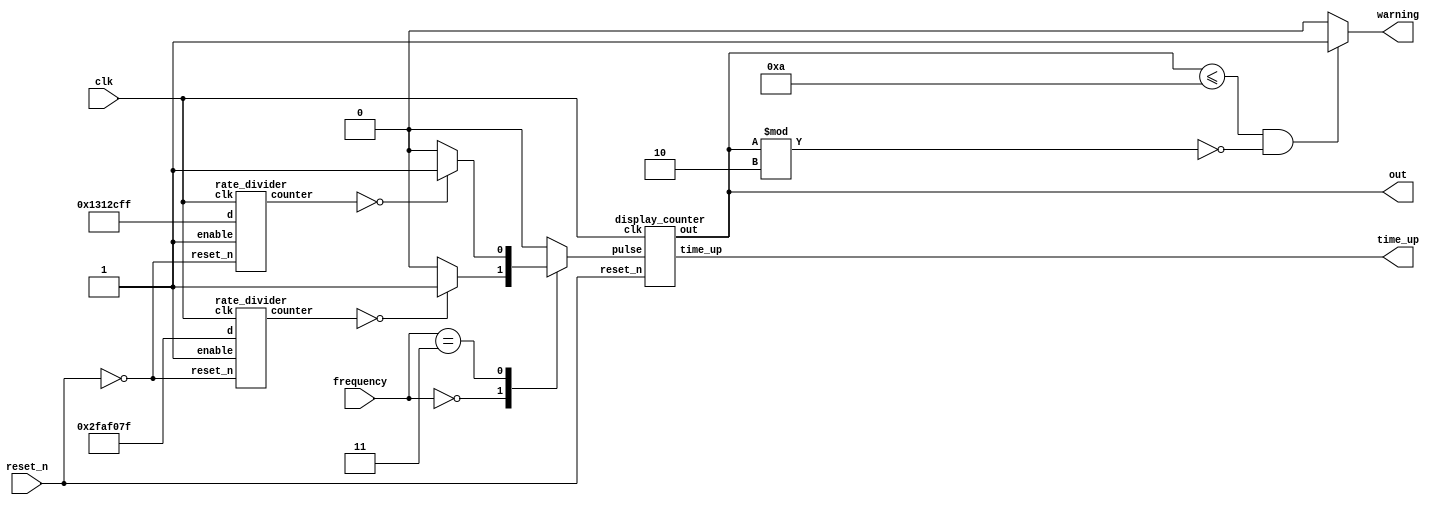

/**************************************************** 30-SECOND TIMER *******************************************/

// Combines the following modules to create a 30-timer that is displayed, resets under game conditions, and has multiple speeds.

module timer (
  input clk,
  input reset_n,
  input [1:0] frequency, 
  output time_up,
  output [4:0] out,
  output reg warning
  );
  
  reg pulse;
  wire [27:0] rd0_out, rd1_out;

  // Slower speed
  rate_divider RD0 (
    .enable(1'd1), 
    .clk(clk), 
    .reset_n(!reset_n), 
    .d(28'd49_999_999), 
    .counter(rd0_out)
  );

  // Faster speed
  rate_divider RD1 (
    .enable(1'd1), 
    .clk(clk), 
    .reset_n(!reset_n), 
    .d(28'd19_999_999),
    .counter(rd1_out)
  );

  // Choose between speeds. 
  always @(*)
  begin
    case(frequency)
      2'b00: pulse = (rd0_out == 28'd0) ? 1'b1 : 1'b0;  // Slower speed
      2'b11: pulse = (rd1_out == 28'd0) ? 1'b1 : 1'b0; // Faster speed
      default: pulse = 1'd0; // Stops the timer from ticking. 
    endcase
  end

  display_counter DC0 (
    .clk(clk),
    .reset_n(reset_n),
    .pulse(pulse), 
    .time_up(time_up), // Outputs a signal when the timer hits zero, which is used to simulate "loading" in top module.
    .out(out)
  );
  
  always @(*)
  begin 
  warning = ((out <= 5'd10) && (out % 2 == 1'd0)) ? 1'd1 : 1'd0; // Signals warning flashes to activate during the last ten seconds. 
  end 

endmodule

/*************************************************** RATE DIVIDER ***********************************************/

// Changes the speed of the timer.

module rate_divider (
  input enable, 
  input clk, 
  input reset_n, 
  input [27:0] d, 
  output reg [27:0] counter
  );

  always @(posedge clk)
  begin
    if (reset_n == 1'd0) 
      counter <= 28'd0; 
    else if (counter == 28'd0) 
      counter <= d; 
    else 
    begin                           
      if (enable)
        counter <= counter - 1'd1;
      else 
        counter <= counter;
    end
  end
endmodule

/************************************************** DISPLAY COUNTER *********************************************/

// Modified for a 30-second timer. 

module display_counter (
  input clk, 
  input pulse, 
  input reset_n, 
  output reg time_up,
  output [4:0] out
  );

  reg [4:0] counter;
  assign out = counter;

  always @(posedge clk)
  begin: display_counter
    if (reset_n || counter == 5'd0) begin
      time_up = 1'd1; // Outputs a signal when the timer hits zero, which is used to simulate "loading" in top module. 
      counter = 5'd30; // Reset counter
    end
    else begin
    if (pulse) 
      if (counter != 5'd0)
        counter <= counter - 1'd1; // While the counter has not reached zero, continue the count down. 
      else 
	counter <= counter; 
	time_up <= 1'd0;  
    end
  end
endmodule